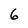
Character: 6